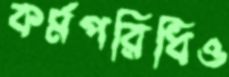
কর্মপরিধিও